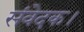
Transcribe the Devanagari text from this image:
संवेदक।